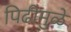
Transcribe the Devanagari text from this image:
पिढीमुळे